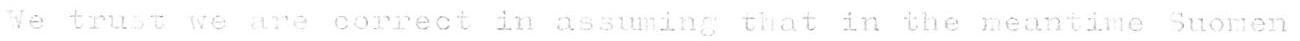
We trust we are correct in assuming that in the meantime Suomen